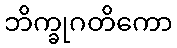
ဘိက္ခုဂတိကော